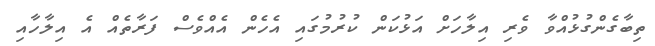
ތިބާގެންގުޅުއްވާ ވެރި އިލާހަށް އަޅުކަން ކުރުމުގައި އެހެން އެއްވެސް ފަރާތެއް އެ އިލާހާއި